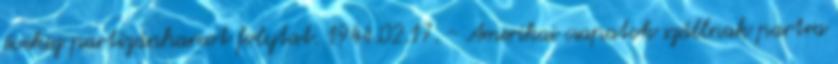
évekig partizánharcot folytat. 1944.02.17. - Amerikai csapatok szállnak partra